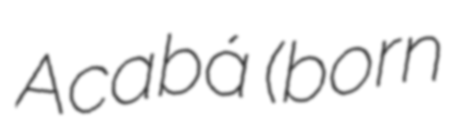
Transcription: Acabá (born